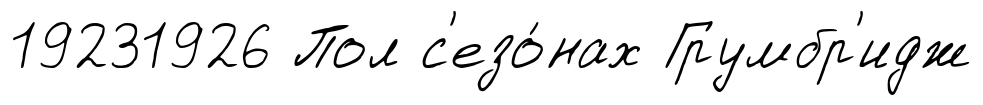
19231926 Пол с'езо́нах Грумбр'идж